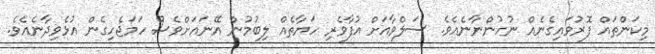
މިކަންތައް ފޮރުވައިގެނެއް ނުހުންނާނެއެވެ. ސަލްވާއަށް އުފާވެރި ހަޔާތެއް ލިބުމުން އޭނައަށްވެސް ހަމަޖެހިގެން އުޅެވިދާނެއެވެ.